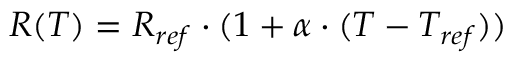
\begin{array} { r } { R ( T ) = R _ { r e f } \cdot ( 1 + \alpha \cdot ( T - T _ { r e f } ) ) } \end{array}